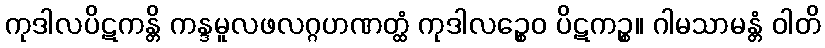
ကုဒါလပိဋကန္တိ ကန္ဒမူလဖလဂ္ဂဟဏတ္ထံ ကုဒါလဉ္စေဝ ပိဋကဉ္စ။ ဂါမသာမန္တံ ဝါတိ